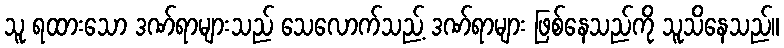
သူ ရထားသော ဒဏ်ရာများသည် သေလောက်သည့် ဒဏ်ရာများ ဖြစ်နေသည်ကို သူသိနေသည်။